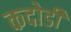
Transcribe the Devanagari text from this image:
कदोडी